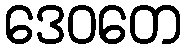
ဒေဝတေ